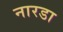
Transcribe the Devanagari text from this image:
नारडा